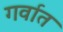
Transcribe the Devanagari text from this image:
गर्वात